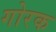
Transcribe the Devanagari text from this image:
गोरक